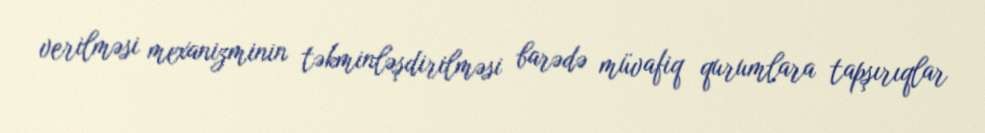
verilməsi mexanizminin təkminləşdirilməsi barədə müvafiq qurumlara tapşırıqlar